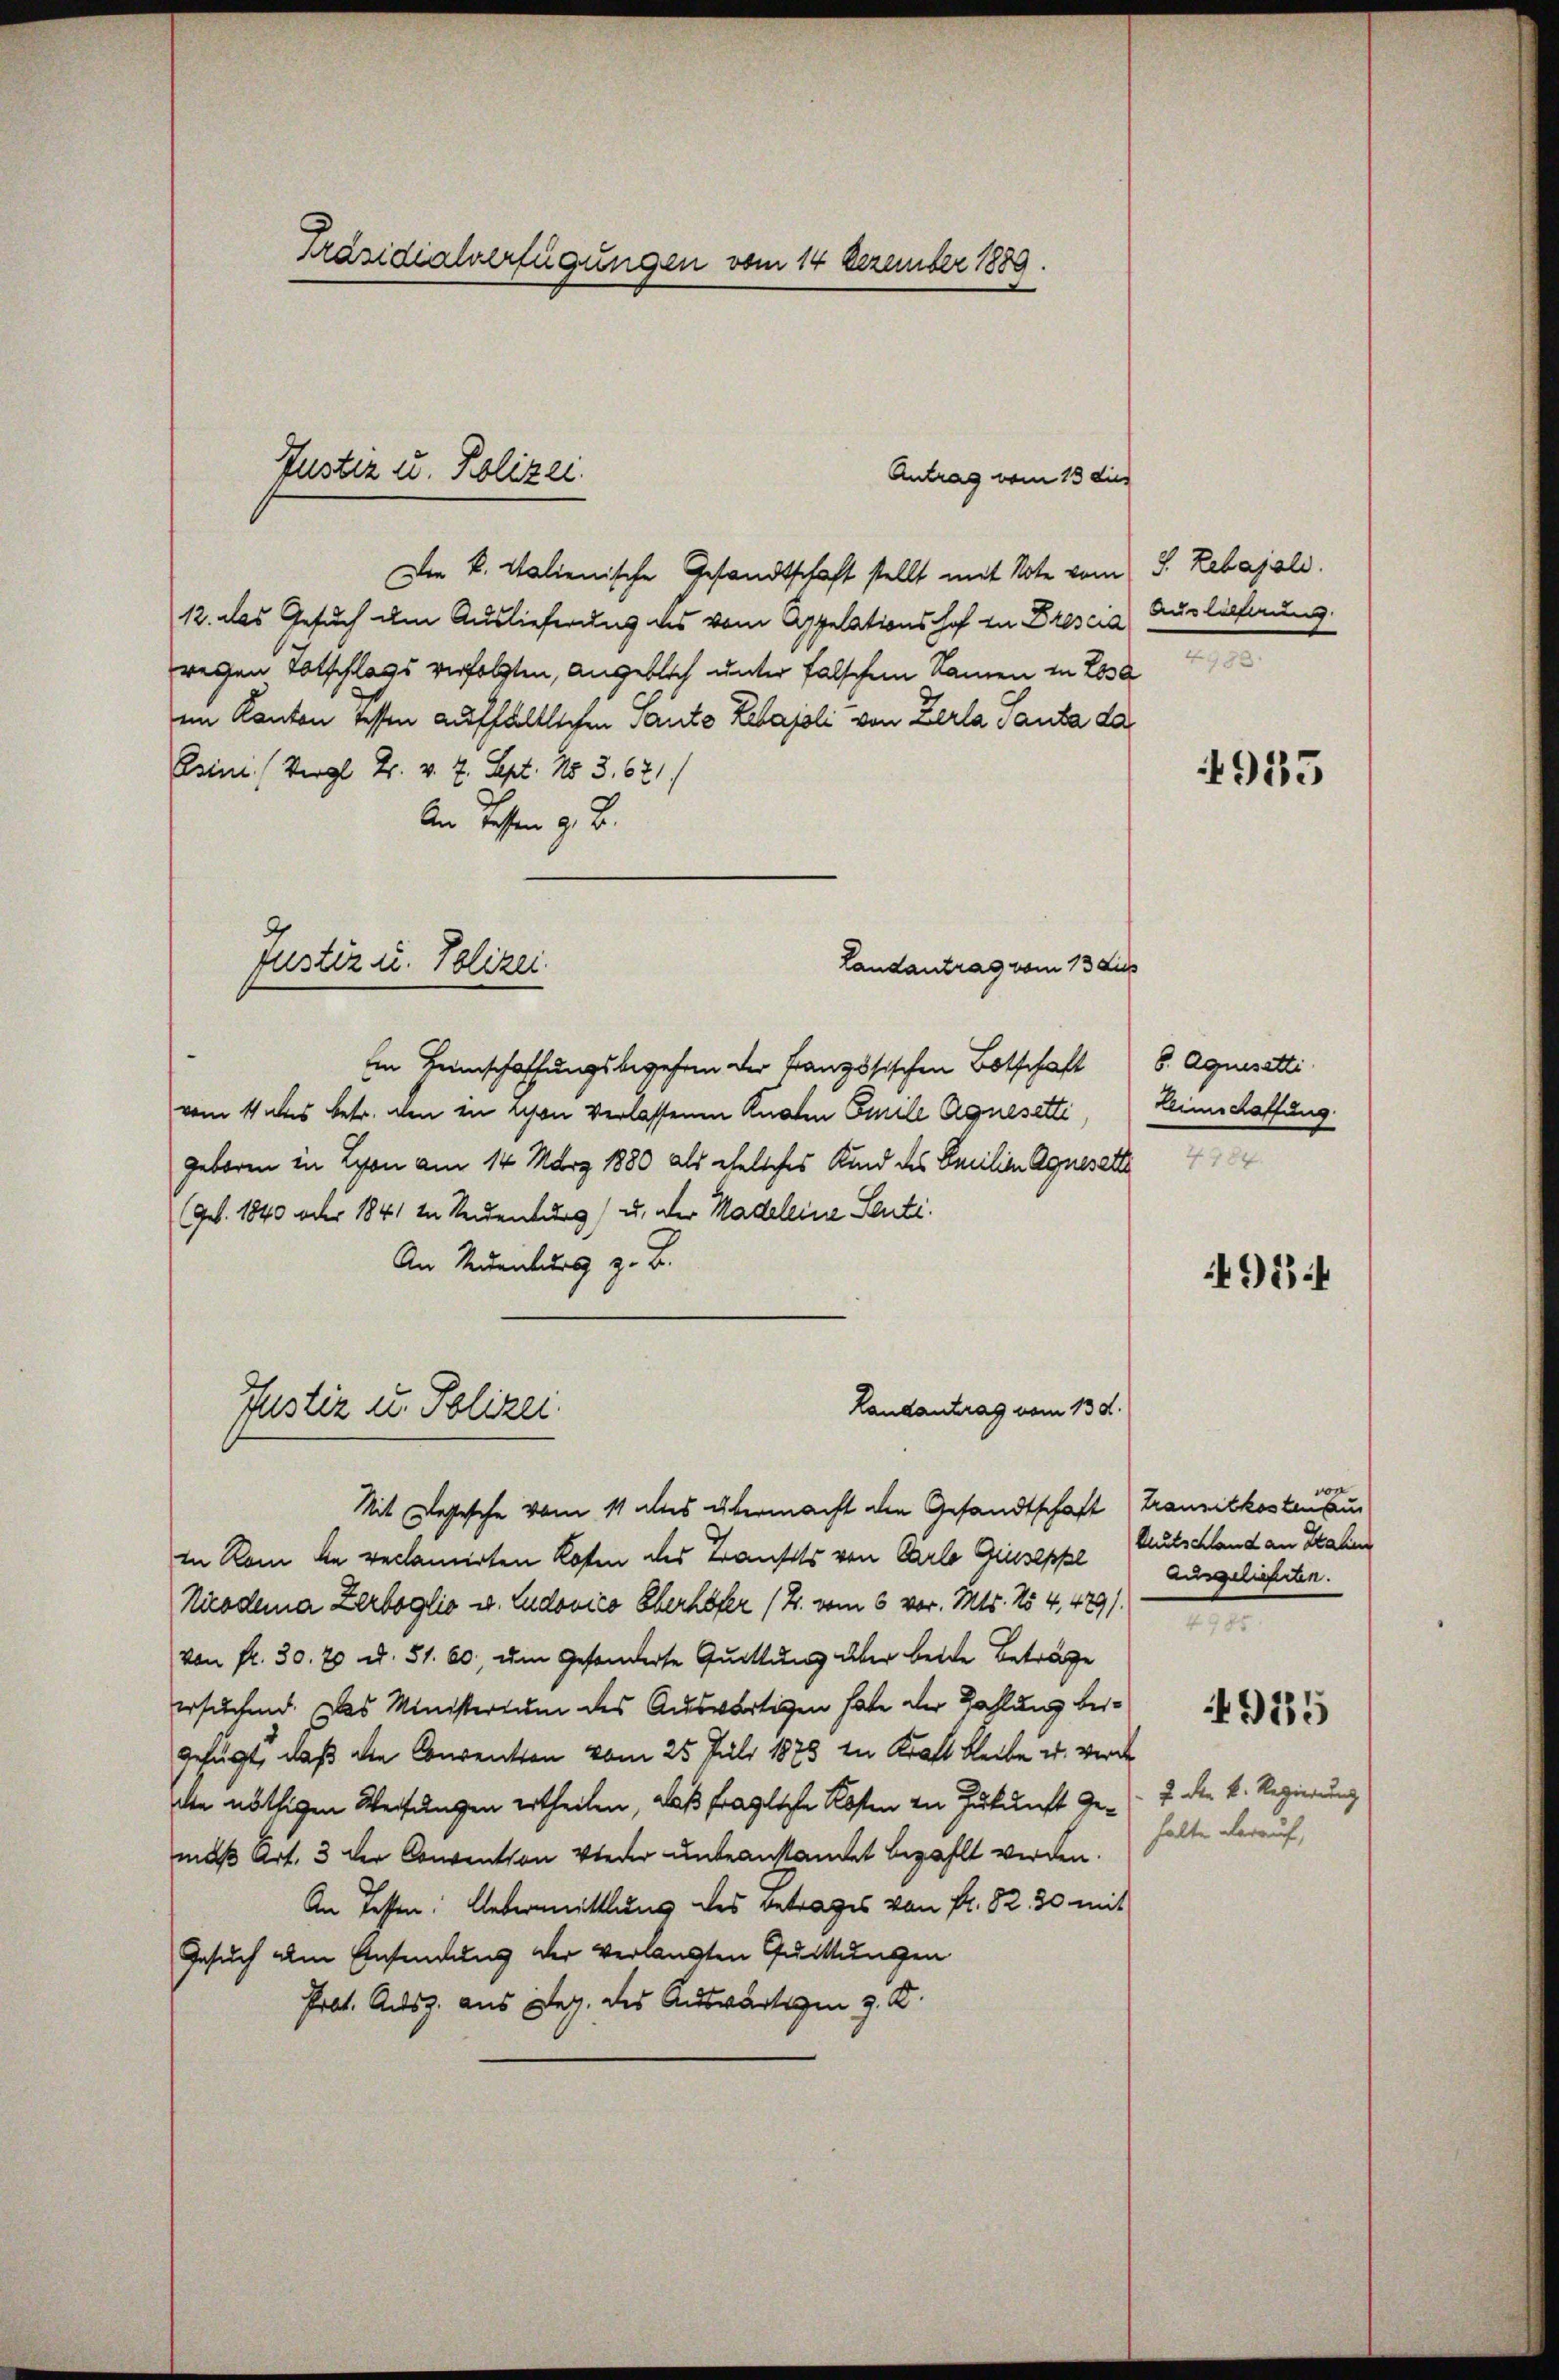
Präsidialverfügungen vom 14 Dezember 1889.

Die k. Galienische Gesandtschaft stellt mit Note vom
12. das Gesuch um Auslieferung des vom Appelationshof zu Drescia Auslieferung
regen Totschlags verfolgten, angeblich unter falschen Namen in Lose
im Kanton dessen aufhältlichen Tanto Lebajoli von Zerla Tanta da
Esini (Vergl. Z. v. 7. Sept. No 3. 671.
An Tosen z. B.
Landantrag vom 13 des
Ein Heimschaffungsbegehren der Französischen Botschaft
vom 4 des betr. den in schon verlassenen Knoten Emile Agnesetti,
geboren in Lyon am 14. März 1880 als eheliches Kind des Emilien Agnesatte
Geb. 1840 oder 1841 in Seidenburg) u. der Madelena Senti.
An Neuenburg z. B.
Landantrag vom 13. d.
Justiz u. Polizei.
Mit Bestische vom 11 des übermacht den Gesandtschaft transitkosten aus
in Rom die reclamirten Kosten des Transts von Carlo Giuseppe
Nicodena Zerboglio u. Ludovico Eberhöfer (H. vom 6 vor. Mts. No 4, 429).
von fl. 30. 20 u. 51. 60, um Gesonderte Quittung über beide Betrage
ersuchend. Das Ministerium des Auswärtigen habe der Zahlung beigefügt, daß die Convention vom 25. Juli 1878 in Kraft bleibe u. verde
dlen nöthigen Weisungen ertheilen, daß fragliche Kosten in Zukunft Gemäß Art. 3 der Convention wieder unbeanstandet bezahlt werden.
An Tessen: Uebermittlung des Betrages von Fr. 82, 30 mit
Gesuch alen Einsendung der verlangten Quittungen
Prat. Ausg. aus Reg. des Auswärtigen z. B.

Justiz u. Polizei.

Justiz u. Polizei

Antrag vom 13 dies

J. Rebajali.

4933

8. Aquisetti.
Linschaffung

498f

on
Rutschland an Italien
ausgelieferten.
A

2. den k. Regierung
halte darauf,

925